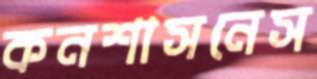
কনশাসনেস